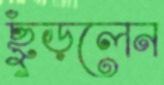
ছুঁড়লেন